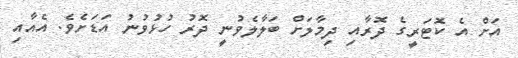
އަށް އެ ކޮޓަރީގެ ދޮރާއި ދިމާލަށް ބަލާލެވުނީ ދޮރު ހުޅުވުނު އަޑަށެވެ. އެއާއި